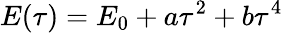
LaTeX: E(\tau)=E_{0}+a\tau^{2}+b\tau^{4}